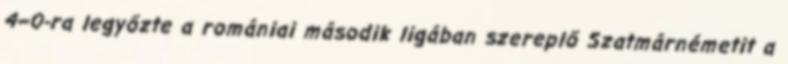
4–0-ra legyőzte a romániai második ligában szereplő Szatmárnémetit a